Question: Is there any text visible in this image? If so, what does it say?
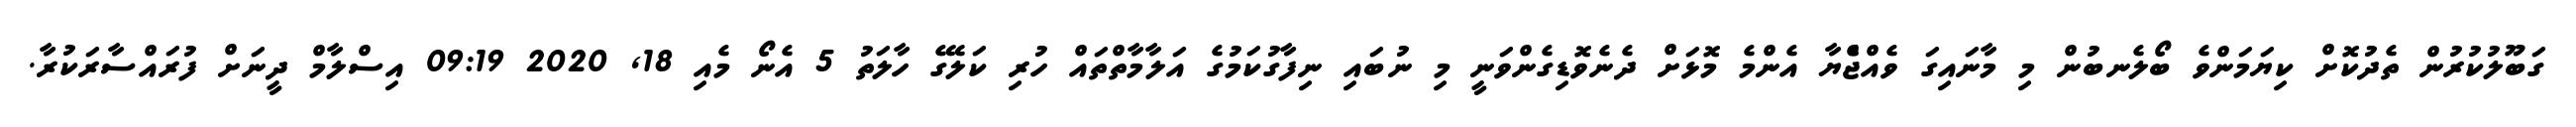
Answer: ގަބޫލުކުރުން ތެދުކޮށް ކިޔަމަންވެ ބޯލެނބުން މި މާނައިގަ ވެއްޖެެްޔާ އެންމެ މޮޅަށް ދެނެވޮޑިގެންވަނީ މި ނުބައި ނިފާގުކަމުގެ އަލާމާތްތައް ހުރި ކަލޭގެ ހާލަތު 5 އެނޯ މެއި 18, 2020 09:19 އިސްލާމް ދީނަށް ފުރައްސާރަކުރާ.